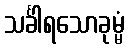
သင်္ခါရသောခုမ္မံ